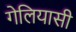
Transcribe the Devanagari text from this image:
गेलियासी